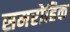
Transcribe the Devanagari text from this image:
समरोहिक